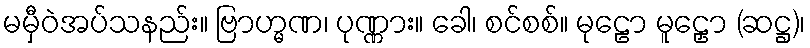
မမှီဝဲအပ်သနည်း။ ဗြာဟ္မဏ၊ ပုဏ္ဏား။ ခေါ၊ စင်စစ်။ မုဠော မူဠှော (ဆဋ္ဌ)၊